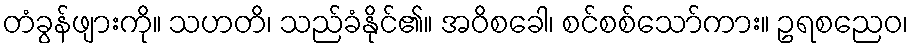
တံခွန်ဖျားကို။ သဟတိ၊ သည်ခံနိုင်၏။ အဝိစခေါ၊ စင်စစ်သော်ကား။ ဥရစညေဝ၊